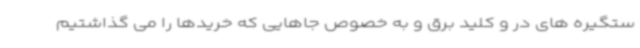
ستگیره های در و کلید برق و به خصوص جاهایی که خریدها را می گذاشتیم